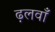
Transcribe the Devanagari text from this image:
ढ़लवाँ